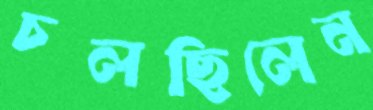
চলছিলেন